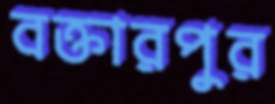
বক্তারপুর